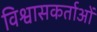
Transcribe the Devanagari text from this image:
विश्वासकर्ताओं